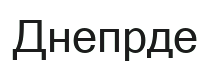
Днепрде